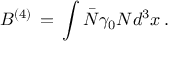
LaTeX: B ^ { ( 4 ) } \, = \, \int \bar { N } \gamma _ { 0 } N d ^ { 3 } x \, .